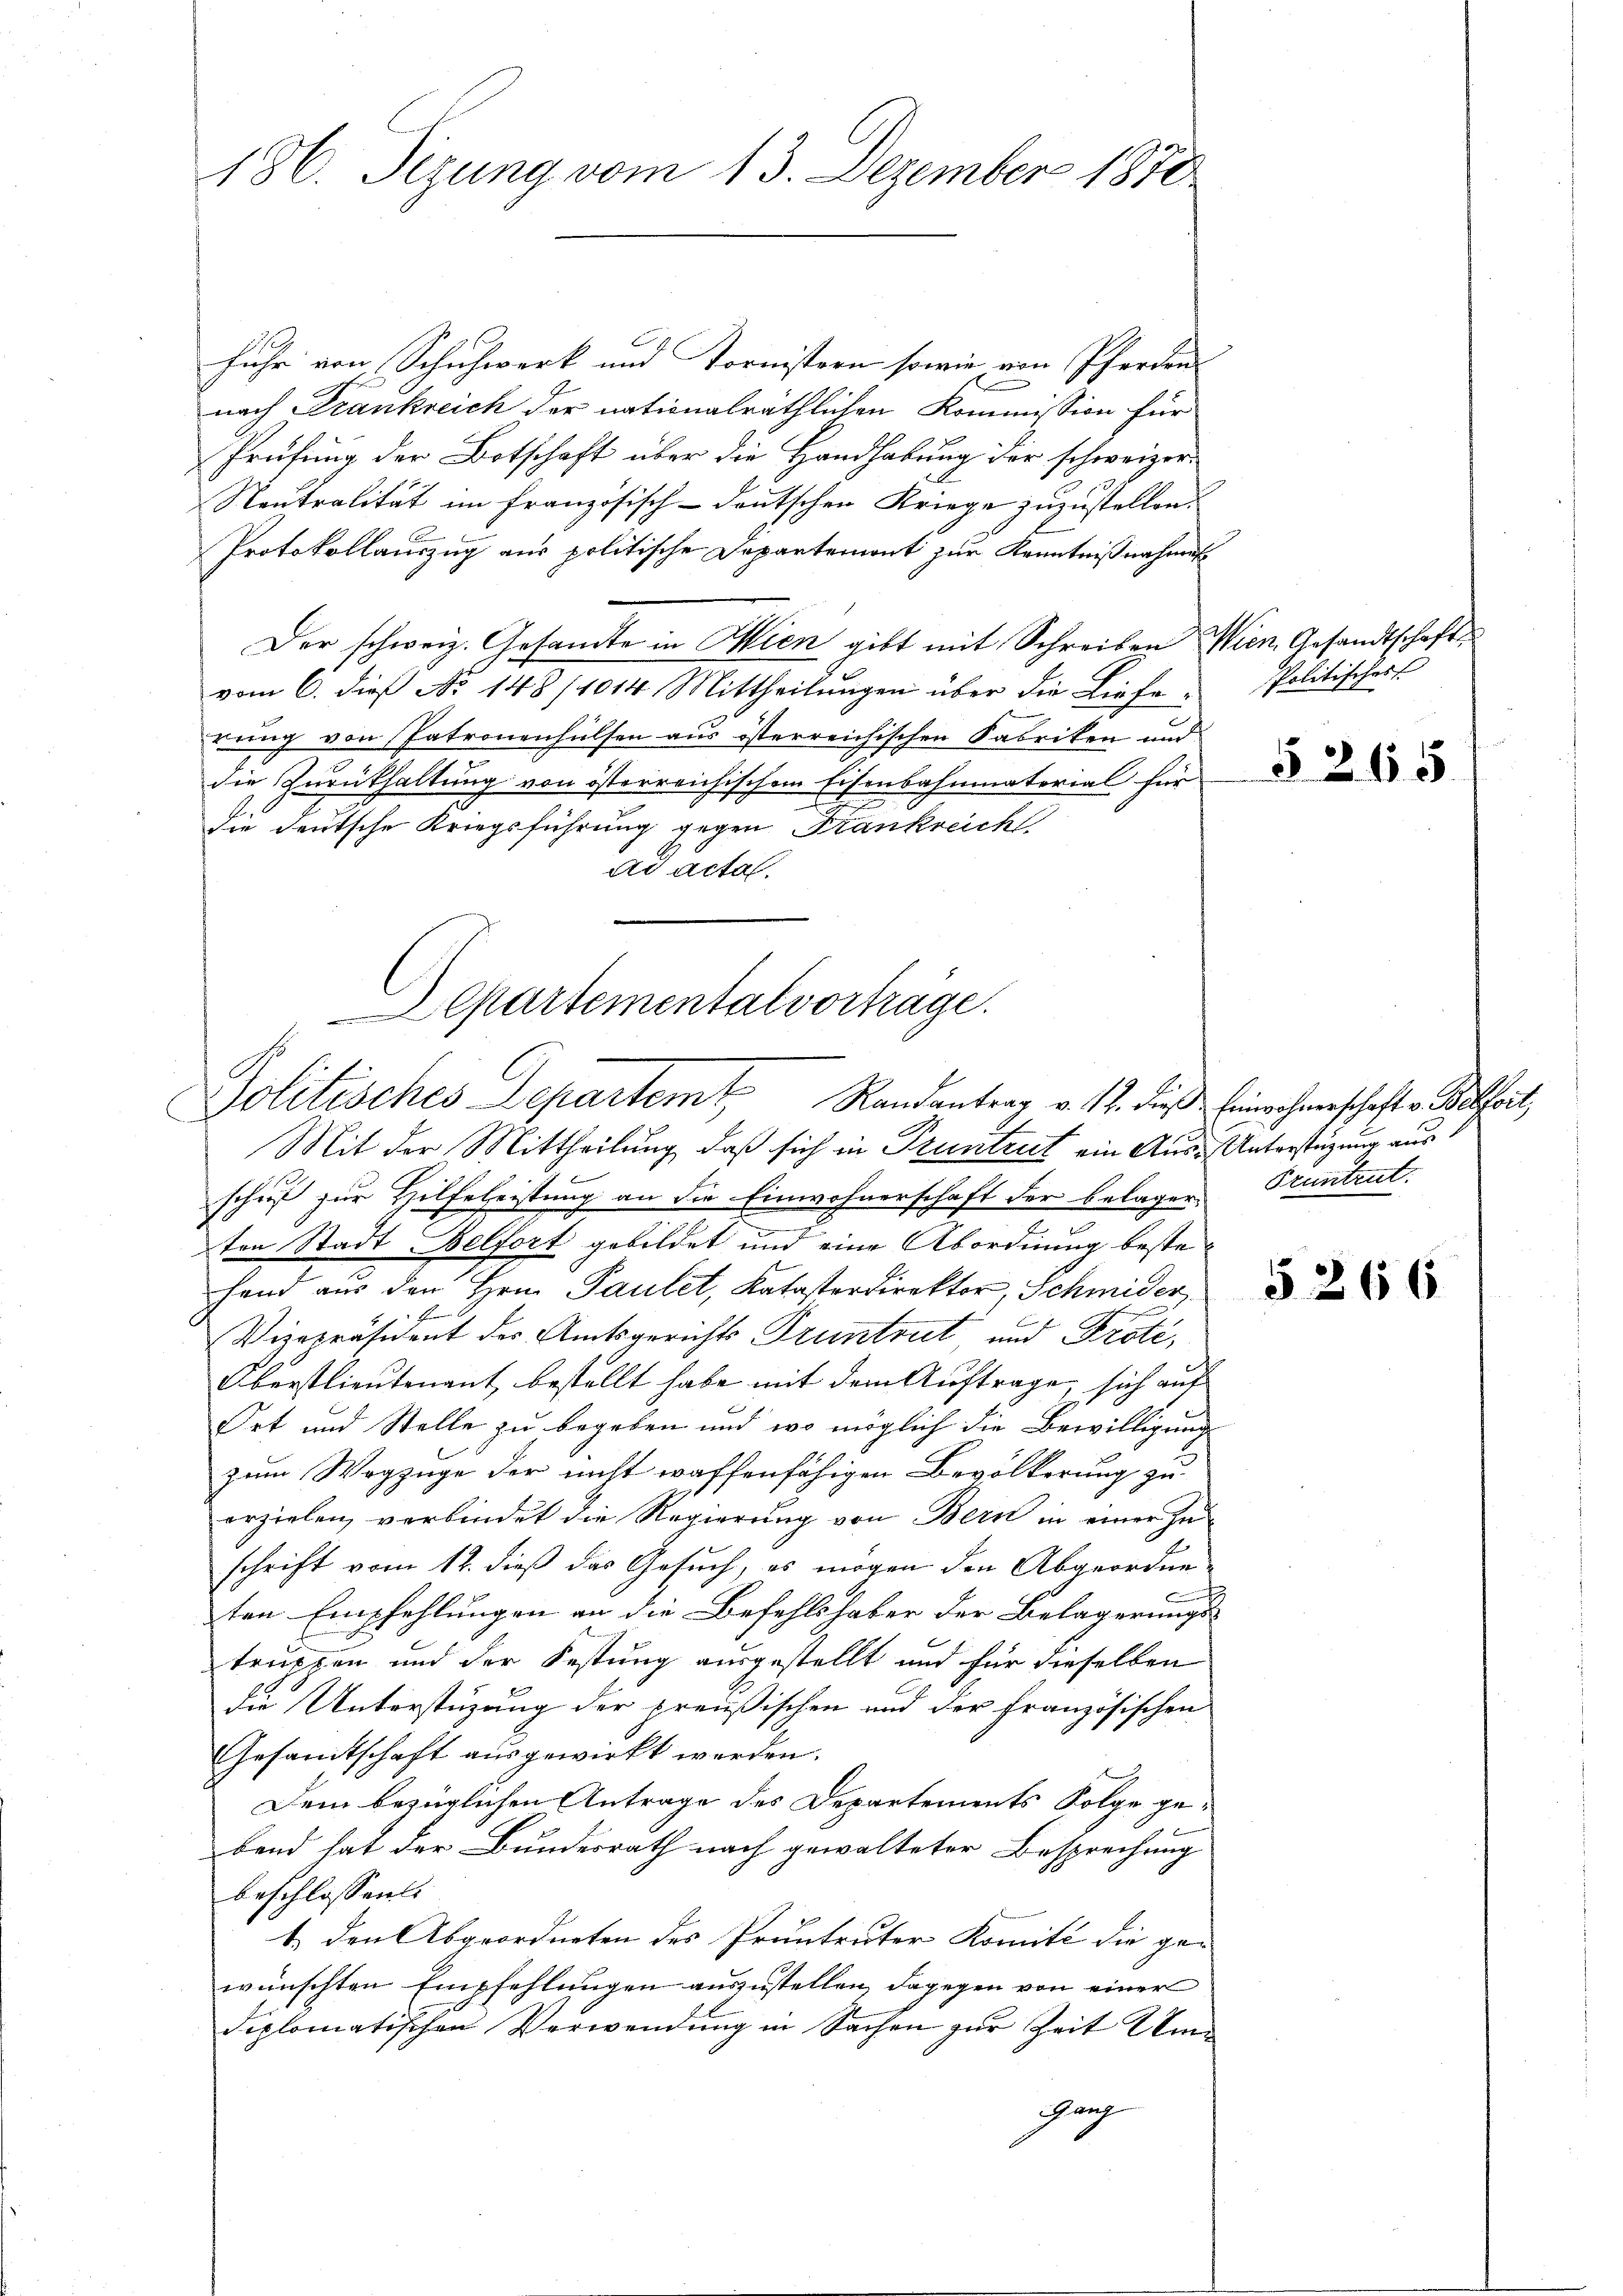
186. Sizung vom 13. Dezember 1870

fuhr von Schuhwerk und Kornistern sowie von Pferden.
nach Frankreich der nationalräthlichen Kommission für
Prüfung der Botschaft über die Handhabung der schweizer¬
Neutralität im französisch-deutschen Kriege zuzustellen.
Protokollauszug aus politische Departemont zur Kenntnißnahmen
Der schweiz. Gesandte in Wien gibt mit Schreiben Wien Gesandtschaft
vom 6. dieß No 148/1014 Mittheilungen über die Lieferung von Patronenhülsen aus österreichischen Fabriken und
die Zurückhaltung von österreichischem Eisenbahnmaterial für
die deutsche Kriegsführung gegen Frankreich
Ad actal.
Mit der Mittheilung, daß sich in Pruntrut ein Aus-Unterstüzung aus
schuß zur Hilfeleistung an die Einwohnerschaft der belager Pruntrut.
ten Stadt Belfort gebildet und eine Abordnung bestehand aus den Hrn. Paulet, Katasterdirektor, Schmider,
Vizepräsident des Amtsgerichts Pruntrut und Froti,
Oberstlieutenant, bestellt habe mit dem Auftrage, sich auf
Ort und Stelle zu begeben und wo möglich die Bewilligung
zum Wegzuge der nicht waffenfähigen Bevölkerung zu
erzielen, verbindet die Regierung von Bern in einer zu
schrift vom 12. dieß das Gesuch, es mögen den Abgeordne
.
ten Empfehlungen an die Befehlshaber der Belagerungs-
truppen und der Festung ausgestellt und für dieselben
die Unterstüzung der preußischen und der französischen
Gesamtschaft ausgewirkt werden.
Dem bezüglichen Antrage des Departements Folge geband hat der Bundesrath nach gewalteter Besprechung
beschlossen:
1. den Abgeordneten des Pruntruter Komité die gewünschten Empfehlungen auszustellen, dagegen von einer
diplomatischen Verwendung in Sachen zur Zeit Eindach

Departemental vorträge.
Politisches Departem Randantrag v. 12. dieß Einwohnerschaft v. Belfort,

Politisches

§265

5266